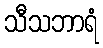
သီသဘာရံ